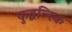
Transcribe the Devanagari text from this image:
फुद्बल्स्कि